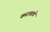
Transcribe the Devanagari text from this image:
कराचाचे